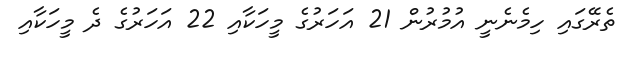
ތެރޭގައި ހިމެނެނީ އުމުރުން 21 އަހަރުގެ މީހަކާއި 22 އަހަރުގެ ދެ މީހަކާއި